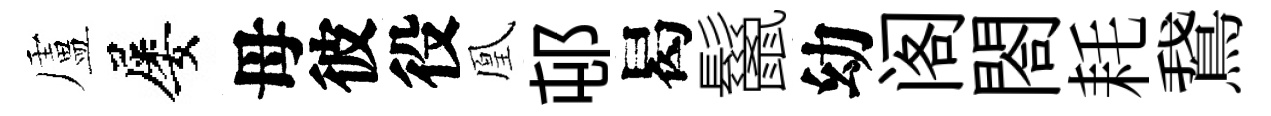
盧屡母彼役凰邨曷鬣幼阁閤耗鵞